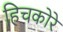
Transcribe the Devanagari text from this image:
हिचकोरे